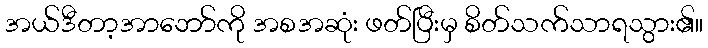
အယ်ဒီတာ့အာဘော်ကို အစအဆုံး ဖတ်ပြီးမှ စိတ်သက်သာရသွား၏။